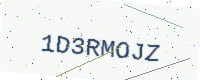
Text: 1D3RMOJZ